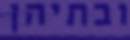
ובתיהן